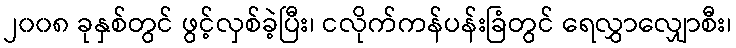
၂၀၀၈ ခုနှစ်တွင် ဖွင့်လှစ်ခဲ့ပြီး၊ ငလိုက်ကန်ပန်းခြံတွင် ရေလွှာလျှောစီး၊